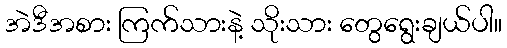
အဲဒီအစား ကြက်သားနဲ့ သိုးသား တွေရွေးချယ်ပါ။